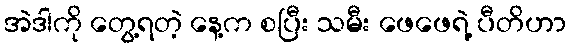
အဲဒါကို တွေ့ရတဲ့ နေ့က စပြီး သမီး ဖေဖေရဲ့ ပီတိဟာ